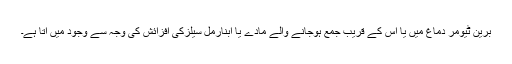
برین ٹیومر دماغ میں یا اس کے قریب جمع ہوجانے والے مادے یا ابنارمل سیلزکی افزائش کی وجہ سے وجود میں آتا ہے۔